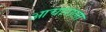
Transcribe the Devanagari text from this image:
आचाराला